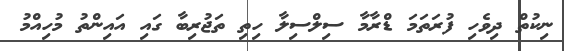
ނިކުތް ދިވެހި ފުރަތަމަ ޑްރާމާ ސިލްސިލާ ހިތި ތަޖުރިބާ ގައި އައިންތު މުހިއްމު